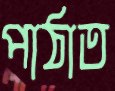
পাঠাত